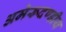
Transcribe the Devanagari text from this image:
अमेरूदण्डीय